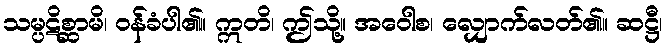
သမ္ပဋိစ္ဆာမိ၊ ဝန်ခံပါ၏။ ဣတိ၊ ဤသို့။ အဝေါစ၊ လျှောက်လတ်၏။ ဆဋ္ဌီ၊